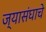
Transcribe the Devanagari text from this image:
ज्यासंघाचे